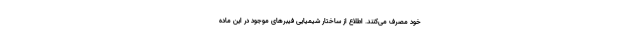
خود مصرف می‌کنند. اطلاع از ساختار شیمیایی فیبرهای موجود در این ماده